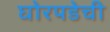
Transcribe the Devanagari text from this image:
घोरपडेची